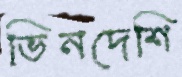
ভিনদেশি